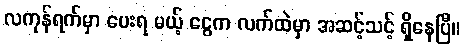
လကုန်ရက်မှာ ပေးရ မယ့် ငွေက လက်ထဲမှာ အဆင့်သင့် ရှိနေပြီ။